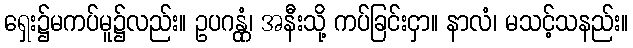
ရှေး၌မကပ်မူ၌လည်း။ ဥပဂန္တုံ၊ အနီးသို့ ကပ်ခြင်းငှာ။ နာလံ၊ မသင့်သနည်း။